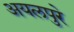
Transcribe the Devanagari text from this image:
अयलपुरे